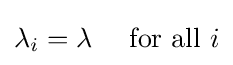
\lambda _{i}=\lambda \quad {\text{ for all }}i